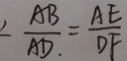
\angle \frac { A B } { A D } = \frac { A E } { D F }